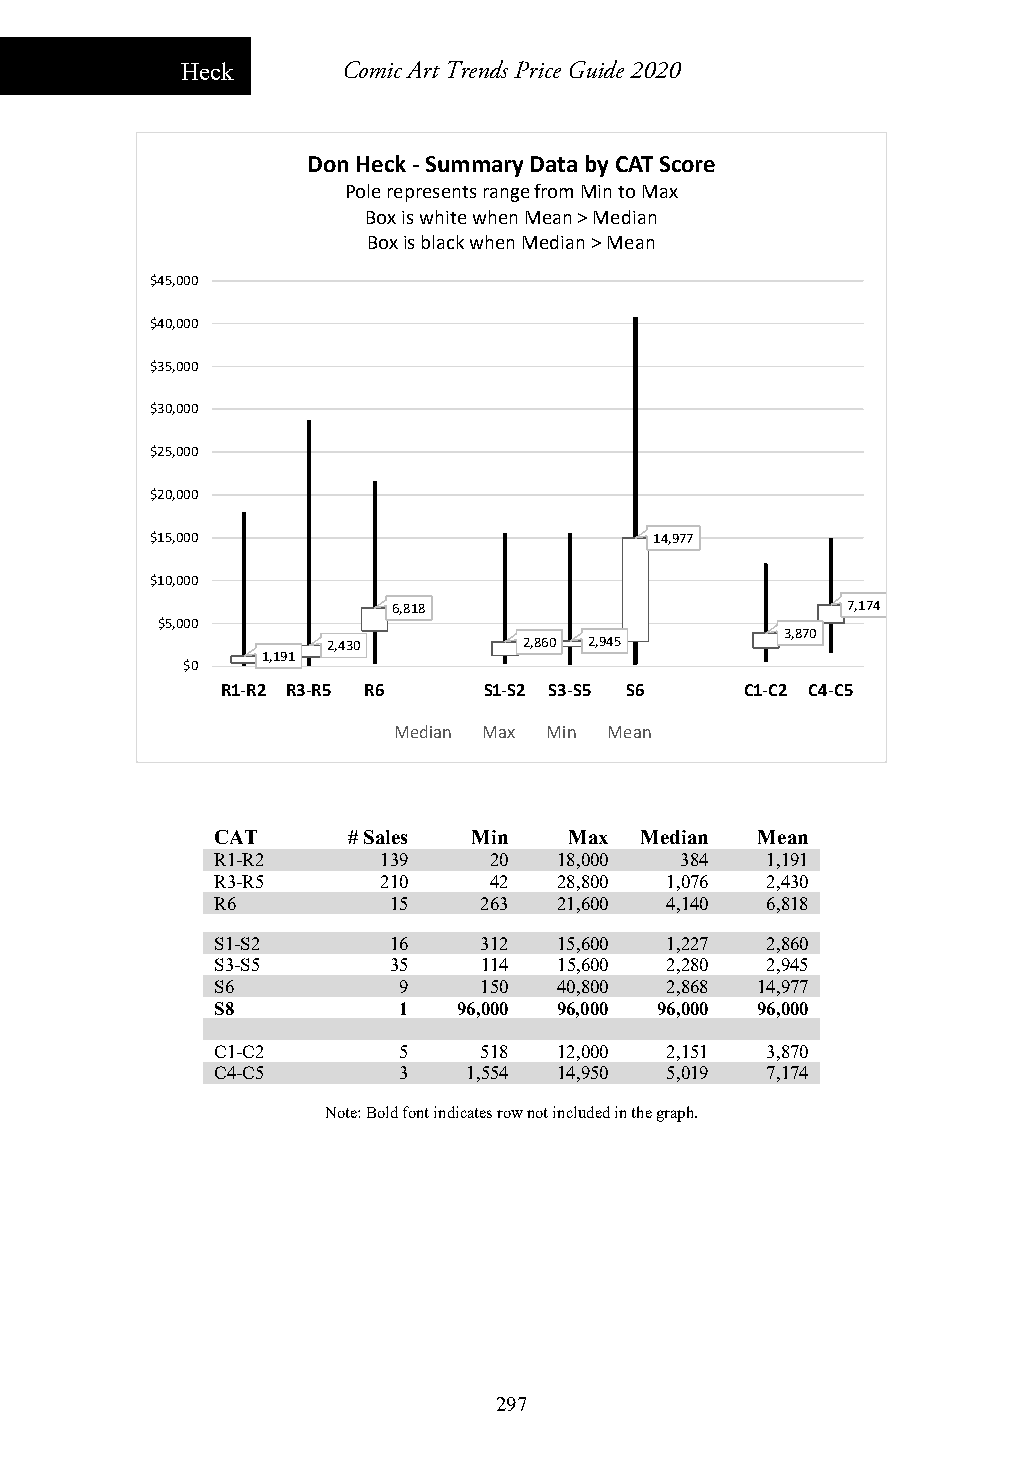
Heck       Comic Art Trends Price Guide 2020
 Don Heck ‐Summary Data by CAT Score
 Pole represents range from Min to Max
 Box is white when Mean > Median
 Box is black when Median > Mean
 $45,000
 $40,000
 $35,000
 $30,000
 $25,000
 $20,000
 $15,000                          14,977
 $10,000
 6,818                         7,174
 $5,000
 3,870
 2,430        2,860 2,945
 1,191
 $0
 R1‐R2 R3‐R5 R6   S1‐S2 S3‐S5 S6   C1‐C2 C4‐C5
 Median Max Min Mean
 CAT      # Sales Min    Max Median  Mean
 R1-R2      139    20   18,000  384   1,191
 R3-R5      210    42   28,800 1,076  2,430
 R6          15    263  21,600 4,140  6,818
 S1-S2       16    312  15,600 1,227  2,860
 S3-S5       35    114  15,600 2,280  2,945
 S6          9     150  40,800 2,868 14,977
 S8          1   96,000 96,000 96,000 96,000
 C1-C2       5     518  12,000 2,151  3,870
 C4-C5       3    1,554 14,950 5,019  7,174
 Note: Bold font indicates row not included in the graph.
 297